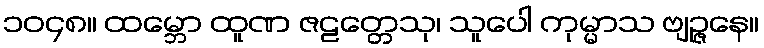
၁၀၄၈။ ထမ္ဘော ထူဏ ဇဠတ္တေသု၊ သူပေါ ကုမ္မာသ ဗျဉ္ဇနေ။